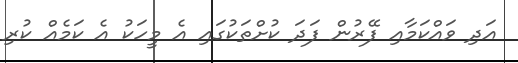
އަދި ވައްކަމާއި ފޭރުން ފަދަ ކުށްތަކުގައި އެ މީހަކު އެ ކަމެއް ކުރި